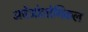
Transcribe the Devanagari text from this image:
अर्चेओलोगिकल